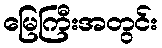
မြေကြီးအတွင်း